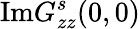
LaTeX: \mathrm{Im}G_{zz}^{s}(0,0)